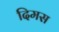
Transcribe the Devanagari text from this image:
दिमस